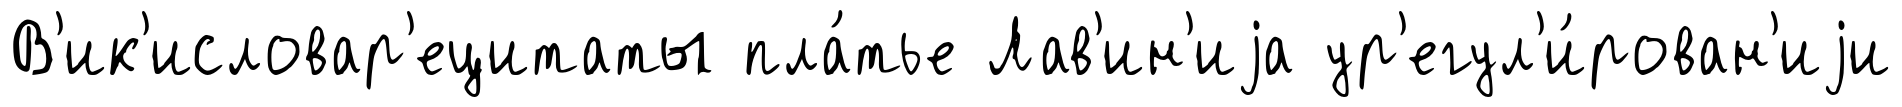
В'ик'исловар'ецитаты пла́тье Лав'ин'иjа ур'егул'и́рован'иjи